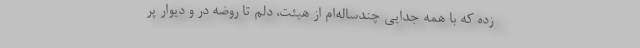
زده که با همه جدایی چندساله‌ام از هیئت، دلم تا روضه در و دیوار پر